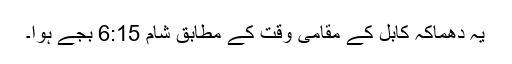
یہ دھماکہ کابل کے مقامی وقت کے مطابق شام 6:15 بجے ہوا۔